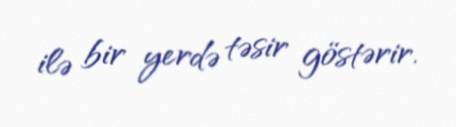
ilə bir yerdə təsir göstərir.